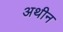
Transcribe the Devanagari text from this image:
अथीन